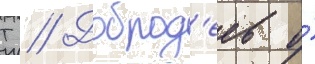
Т // Доброд'еев о́